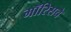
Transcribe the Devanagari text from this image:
मॉरिसचे